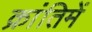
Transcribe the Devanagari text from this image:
क्रांतिमें